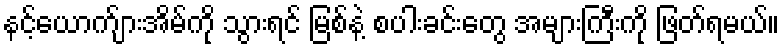
နင့်ယောက်ျားအိမ်ကို သွားရင် မြစ်နဲ့ စပါးခင်းတွေ အများကြီးကို ဖြတ်ရမယ်။